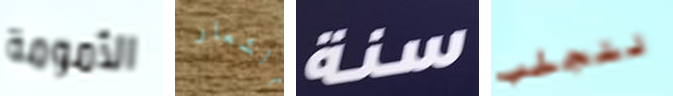
الأمومة الشعار سنة لنجلب